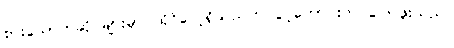
စားသောက်ဆိုင်များမှာ ထိုင်လေ့ရှိသည်ဟု ပွင့်ကောင်းက ပြောဖူးသည်။